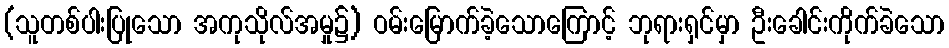
(သူတစ်ပါးပြုသော အကုသိုလ်အမှု၌) ဝမ်းမြောက်ခဲ့သောကြောင့် ဘုရားရှင်မှာ ဦးခေါင်းကိုက်ခဲသော